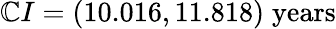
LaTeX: \mathbb{C}I=(10.016,11.818)\; \textrm{{years}}